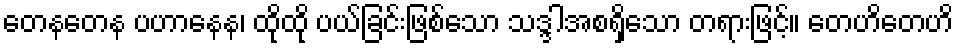
တေနတေန ပဟာနေန၊ ထိုထို ပယ်ခြင်းဖြစ်သော သဒ္ဒါအစရှိသော တရားဖြင့်။ တေဟိတေဟိ